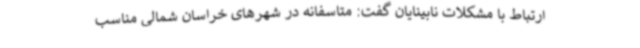
ارتباط با مشکلات نابینایان گفت: متاسفانه در شهرهای خراسان شمالی مناسب